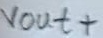
Text: vout+